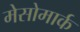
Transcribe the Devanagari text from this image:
मेसोमार्क